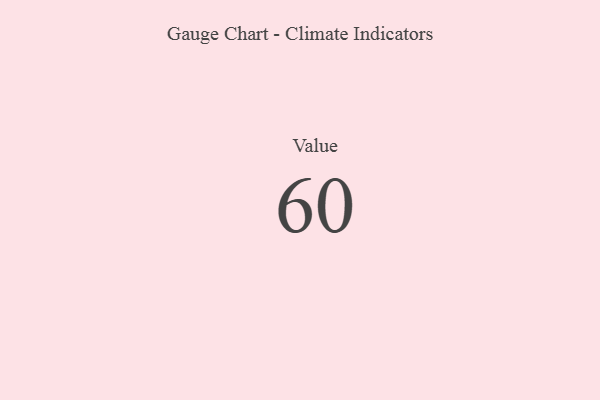
{"axis": {"x": "Metric", "y": "Value"}, "legend": [""], "data": [{"x": "Value", "y": 60, "type": ""}]}